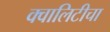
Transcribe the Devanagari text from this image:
क्वालिटीचा